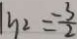
\vert y _ { 2 } = \frac { - 3 } { 2 }